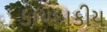
કાયદાકીય